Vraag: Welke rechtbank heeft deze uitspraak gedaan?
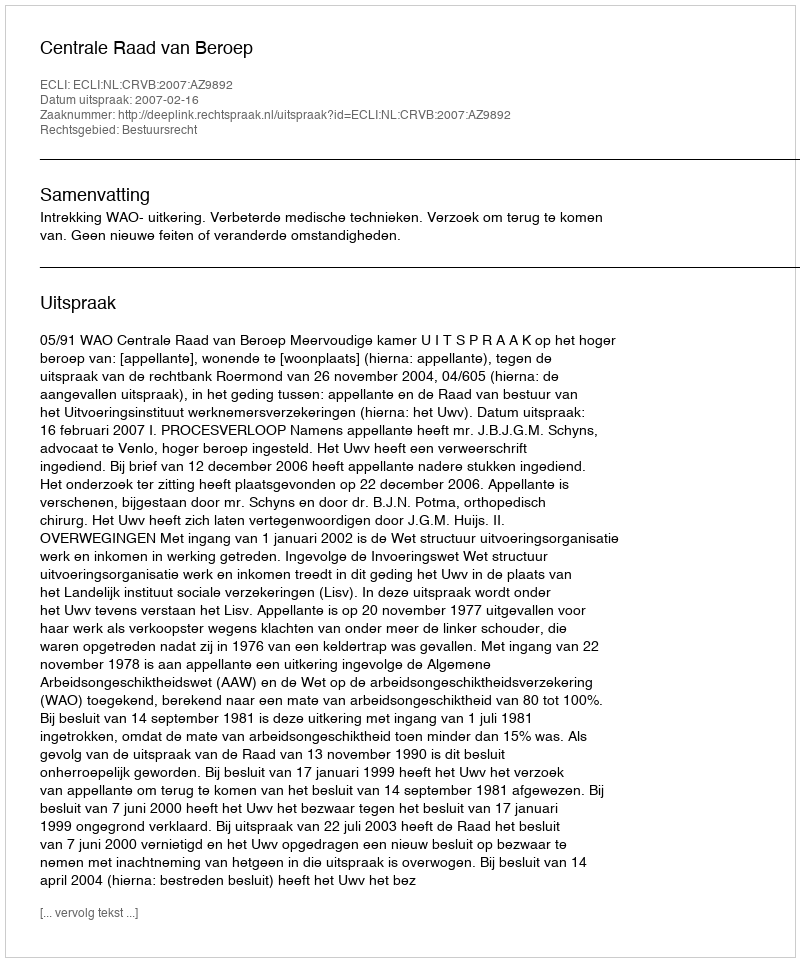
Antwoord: Centrale Raad van Beroep